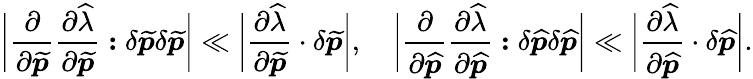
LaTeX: \bigg\lvert\frac{\partial}{{\partial\widetilde{\boldsymbol{p}}}}\frac{\partial\widehat{\lambda}}{\partial\widetilde{\boldsymbol{p}}}\boldsymbol{:}\delta\widetilde{\boldsymbol{p}}\delta\widetilde{\boldsymbol{p}}\bigg\rvert\ll\bigg\lvert\frac{\partial\widehat{\lambda}}{\partial\widetilde{\boldsymbol{p}}}\cdot\delta\widetilde{\boldsymbol{p}}\bigg\rvert,\quad\bigg\lvert\frac{\partial}{{\partial\widehat{\boldsymbol{p}}}}\frac{\partial\widehat{\lambda}}{\partial\widehat{\boldsymbol{p}}}\boldsymbol{:}\delta\widehat{\boldsymbol{p}}\delta\widehat{\boldsymbol{p}}\bigg\rvert\ll\bigg\lvert\frac{\partial\widehat{\lambda}}{\partial\widehat{\boldsymbol{p}}}\cdot\delta\widehat{\boldsymbol{p}}\bigg\rvert.